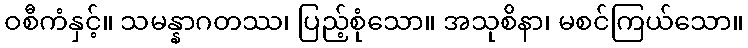
ဝစီကံနှင့်။ သမန္နာဂတဿ၊ ပြည့်စုံသော။ အသုစိနာ၊ မစင်ကြယ်သော။